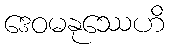
ဒေဝမနုဿေဟိ